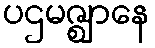
ပဌမဇ္ဈာနေ